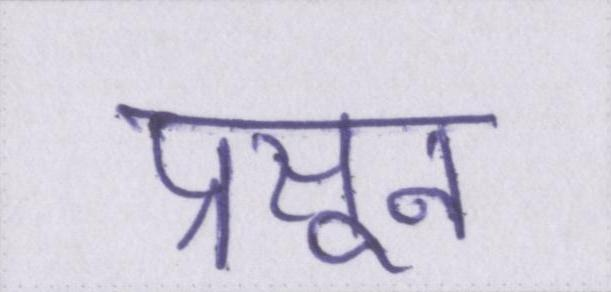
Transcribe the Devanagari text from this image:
प्रसून